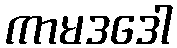
ကာမဒဒေါ